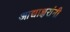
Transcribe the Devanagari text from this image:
आद्याक्षरांनी